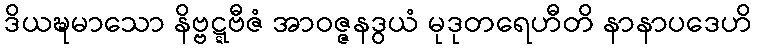
ဒိယဍ္ဎမာသော နိဗ္ဗဋ္ဋဗီဇံ အာဝဇ္ဇနဒွယံ မုဒုတရေဟီတိ နာနာပဒေဟိ